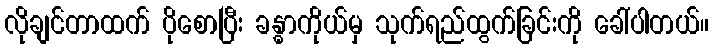
လိုချင်တာထက် ပိုစောပြီး ခန္ဓာကိုယ်မှ သုက်ရည်ထွက်ခြင်းကို ခေါ်ပါတယ်။